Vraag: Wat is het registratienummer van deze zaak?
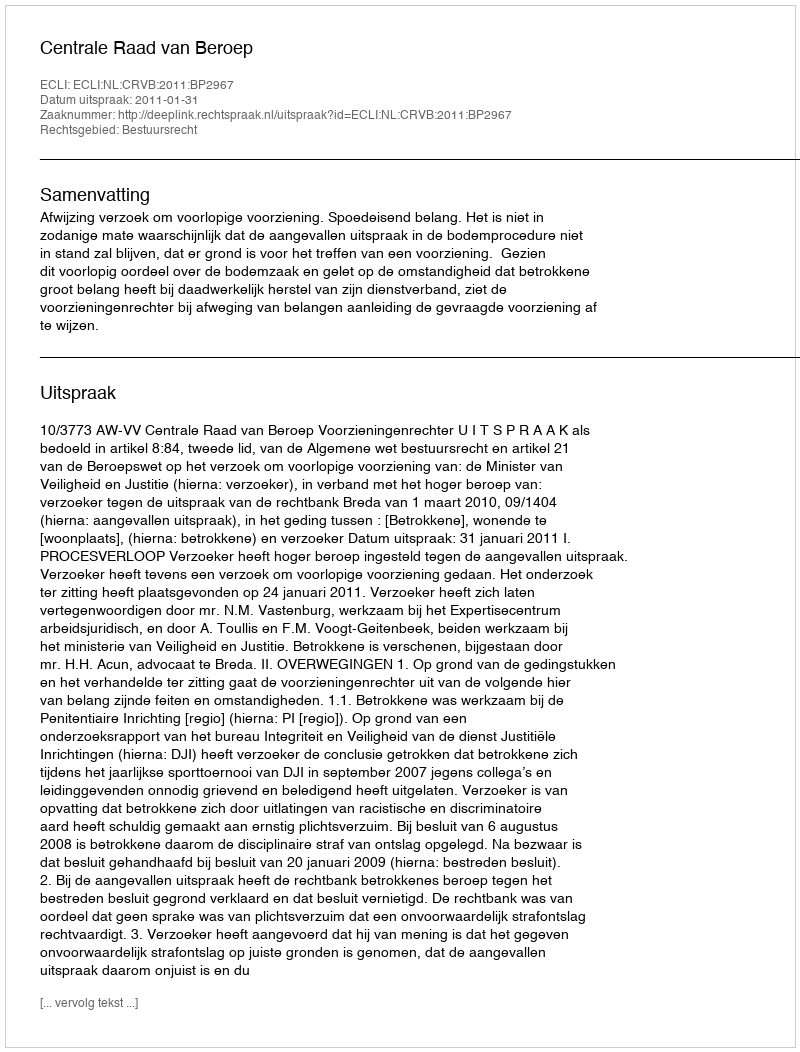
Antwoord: http://deeplink.rechtspraak.nl/uitspraak?id=ECLI:NL:CRVB:2011:BP2967